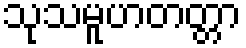
သုသမူဟတတ္တာ